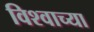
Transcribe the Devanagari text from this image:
विश्‍वाच्‍या